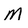
Character: M